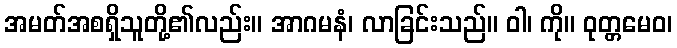
အမတ်အစရှိသူတို့၏လည်း။ အာဂမနံ၊ လာခြင်းသည်။ ဝါ၊ ကို။ ဝုတ္တမေဝ၊